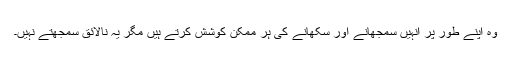
وہ اپنے طور پر انہیں سمجھانے اور سکھانے کی ہر ممکن کوشش کرتے ہیں مگر یہ نالائق سمجھتے نہیں۔